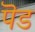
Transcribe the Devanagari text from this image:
पॆड